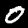
Digit: 0